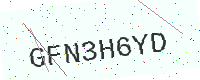
Text: GFN3H6YD